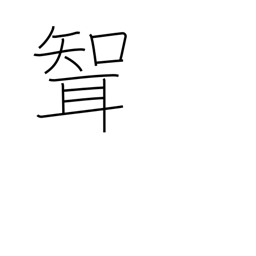
Meaning: son-in-law